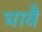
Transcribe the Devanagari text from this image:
घावै